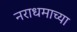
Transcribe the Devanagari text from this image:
नराधमाच्या